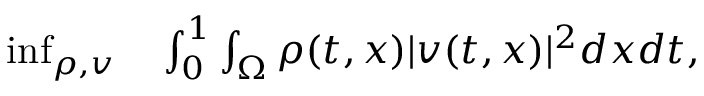
\begin{array} { r l } { \operatorname* { i n f } _ { \rho , v } } & { { } \int _ { 0 } ^ { 1 } \int _ { \Omega } \rho ( t , x ) | v ( t , x ) | ^ { 2 } d x d t , } \end{array}